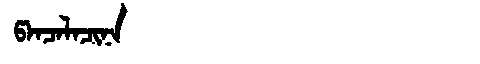
Manchu: ᡦᠠᠨᠴᠠᠯᠠᠴᡳᠨᠠ
Romanization: PANCALACINA